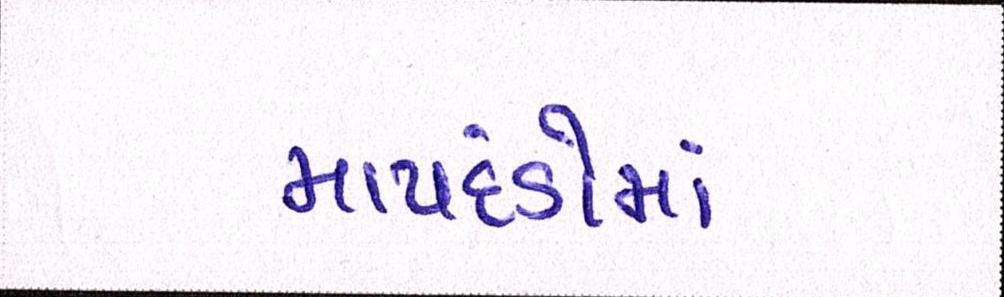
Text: માપદંડોમાં